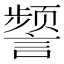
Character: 𫍐